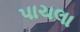
પાચલા